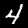
Label: 4